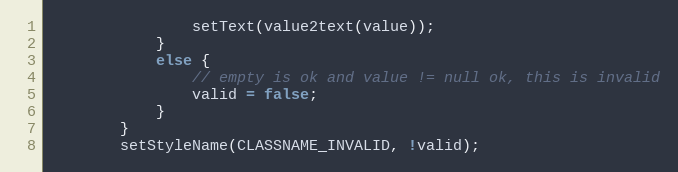
Language: Java
                setText(value2text(value));
            }
            else {
                // empty is ok and value != null ok, this is invalid
                valid = false;
            }
        }
        setStyleName(CLASSNAME_INVALID, !valid);